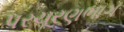
પરચૂરણભાગ